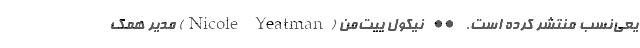
یعی‌نسب منتشر کرده است. •• نیکول ییت‌من (Nicole Yeatman) مدیر همک